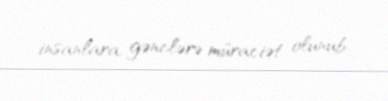
insanlara, gənclərə müraciət olunub.